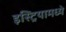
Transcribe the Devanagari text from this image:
इस्ट्रियामध्ये